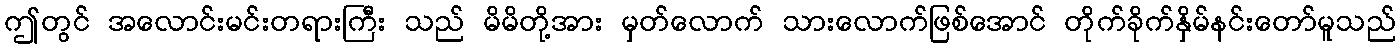
ဤတွင် အလောင်းမင်းတရားကြီး သည် မိမိတို့အား မှတ်လောက် သားလောက်ဖြစ်အောင် တိုက်ခိုက်နှိမ်နင်းတော်မူသည်